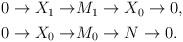
LaTeX: \begin{align*}\begin{aligned}0 \to X_1 \to &M_1 \to X_0 \to 0, \\0 \to X_0 \to &M_0 \to N \to 0.\end{aligned}\end{align*}